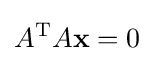
A^{\mathrm {T} }A\mathbf {x} =0